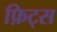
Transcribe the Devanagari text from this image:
फ़िट्स